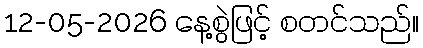
12-05-2026 နေ့စွဲဖြင့် စတင်သည်။